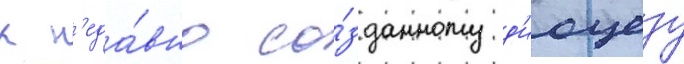
к н'еда́вно со́зданному д'иоцезу